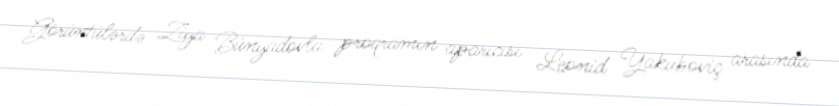
Görüntülərdə Ziya Bünyadovla proqramın aparıcısı Leonid Yakuboviç arasında